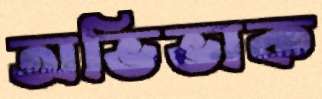
অভিভাক